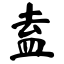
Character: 盍